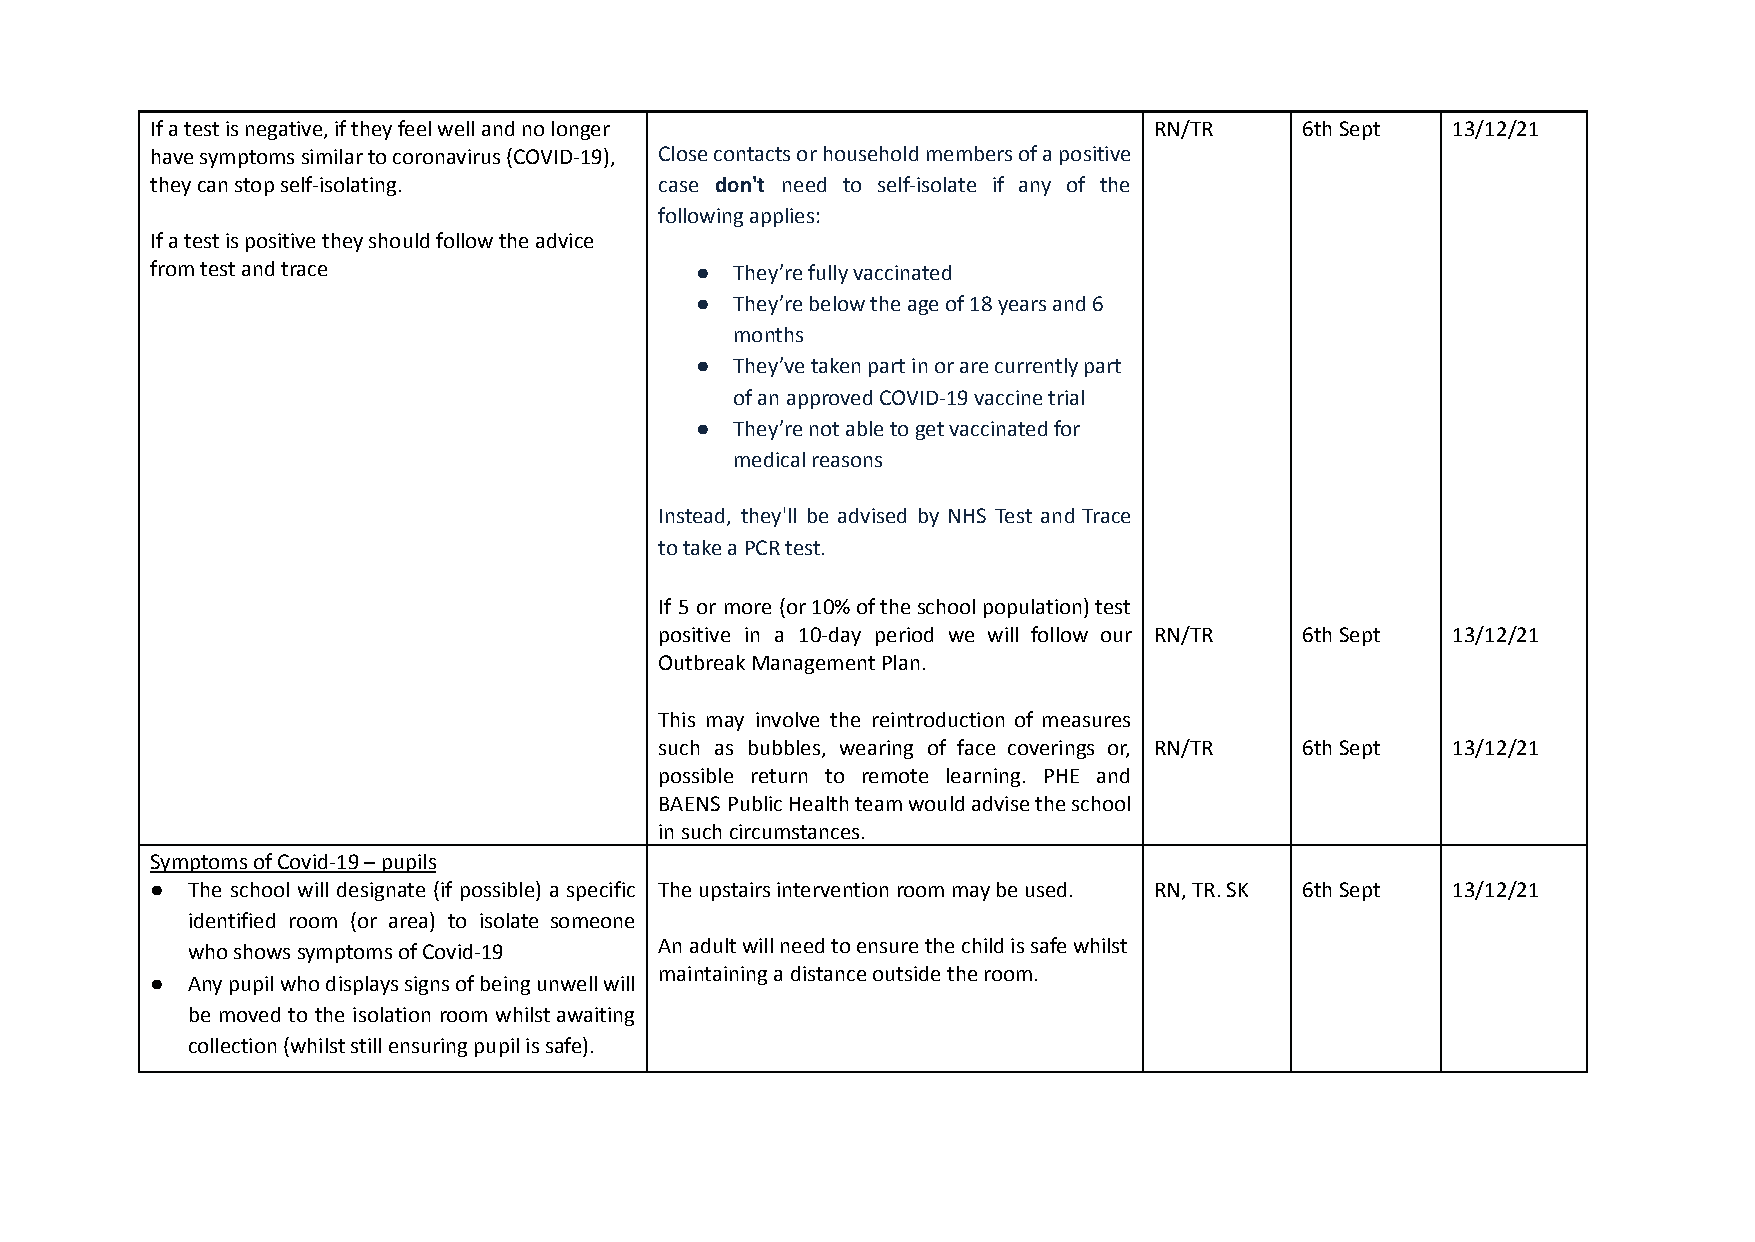
If a test is negative, if they feel well and no longer            RN/TR     6th Sept  13/12/21
 have symptoms similar to coronavirus (COVID-19), Closecontactsorhouseholdmembersofapositive
 they can stop self-isolating.     case don't need to self-isolate if any of the
 following applies:
 If a test is positive they should follow the advice
 from test and trace                 ●  They’re fully vaccinated
 ●  They’re below the age of 18 years and 6
 months
 ●  They’ve taken part in or are currently part
 of an approved COVID-19 vaccine trial
 ●  They’re not able to get vaccinated for
 medical reasons
 Instead, they'll be advised by NHS Test and Trace
 to take a PCR test.
 If 5 or more (or10%oftheschoolpopulation)test
 positive in a 10-day period we will follow our RN/TR 6th Sept 13/12/21
 Outbreak Management Plan.
 This may involve the reintroduction of measures
 such as bubbles, wearing of face coverings or, RN/TR 6th Sept 13/12/21
 possible return to remote learning. PHE and
 BAENS PublicHealthteamwouldadvisetheschool
 in such circumstances.
 Symptoms of Covid-19 – pupils
 ● The school will designate (if possible) a specific The upstairs intervention room may be used. RN, TR. SK 6th Sept 13/12/21
 identified room (or area) to isolate someone
 who shows symptoms of Covid-19  An adult will need to ensure the child is safe whilst
 maintaining a distance outside the room.
 ● Anypupilwhodisplayssignsofbeingunwellwill
 be moved to the isolation room whilstawaiting
 collection (whilst still ensuring pupil is safe).